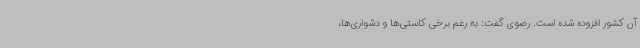
آن کشور افزوده شده است. رضوی گفت: به رغم برخی کاستی‌ها و دشواری‌ها،